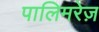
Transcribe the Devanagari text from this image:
पालिमरेज़